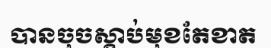
បានចុចស្តាប់មុខតែខាត